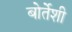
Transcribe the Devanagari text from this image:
बोर्तेशी